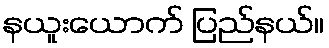
နယူးယောက် ပြည်နယ်။